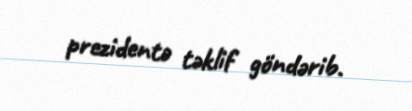
prezidentə təklif göndərib.